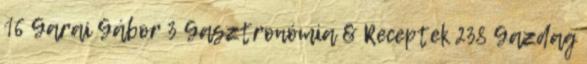
16 Garai Gábor 3 Gasztronómia & Receptek 238 Gazdag